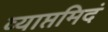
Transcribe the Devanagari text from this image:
व्याप्तमिदं